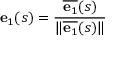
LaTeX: \mathbf { e } _ { 1 } ( s ) = { \frac { { \overline { { \mathbf { e } _ { 1 } } } } ( s ) } { \| { \overline { { \mathbf { e } _ { 1 } } } } ( s ) \| } }